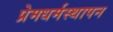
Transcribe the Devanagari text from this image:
प्रेमधर्मस्थापन